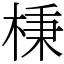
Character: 棅